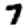
Digit: 7